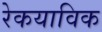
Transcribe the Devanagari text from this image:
रेकयाविक